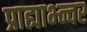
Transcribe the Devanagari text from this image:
प्राह्याभ्न्वर